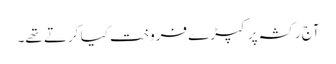
آج رکشہ پر کپڑے فروخت کیا کرتے تھے۔